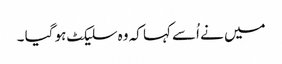
میں نے اُسے کہا کہ وہ سلیکٹ ہو گیا ۔